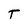
Character: T